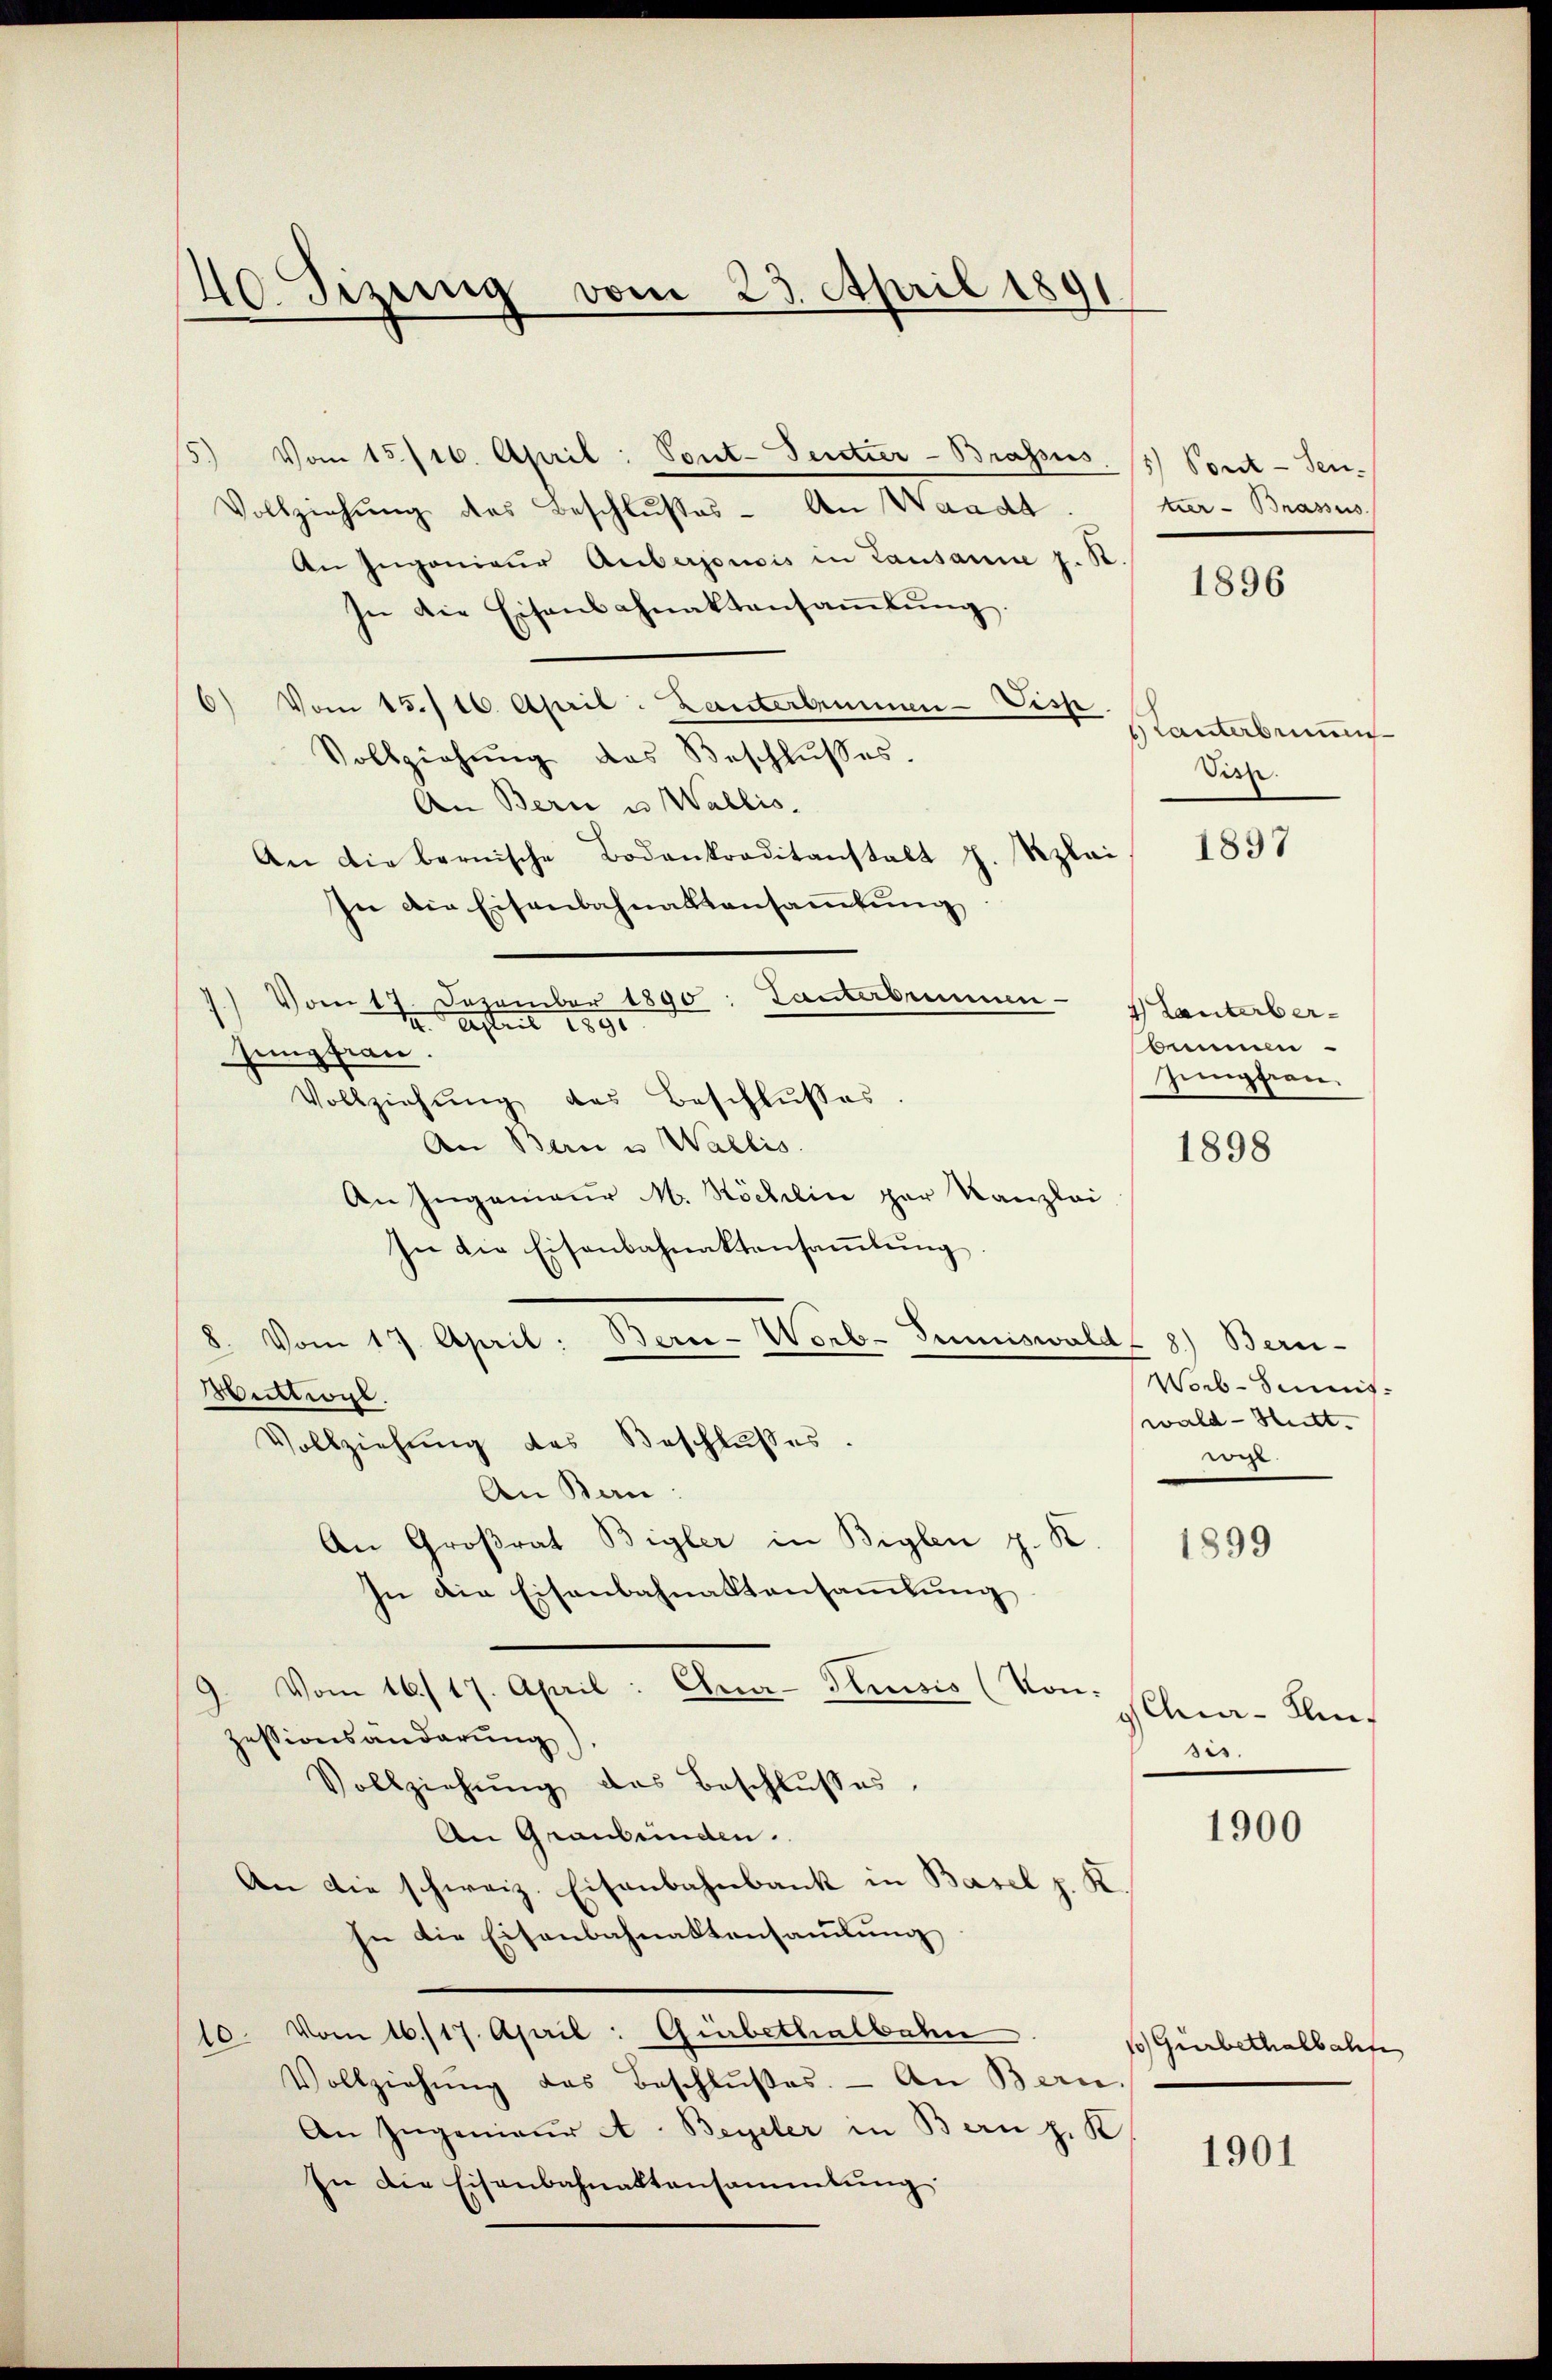
40. Sizung vom 23. April 1891

5.) Vom 15./16. April: Vont-Teretier-Brasis. (5) Pont-Ten-
Vollziehŭng des Beschlußes - An Waadt. Her- Brassus.
An Ingenieur Anbergonsis in Lausanne z. R.
In die Eisenbahnaktensaṁlŭng.
Vom 15./16. April. Lanterbrunnen-Visp.
Vollziehŭng des Beschlŭsses.
An Bern u. Wallis.
An die bernische Bodenkraditanstalt J. Kzlai
sie die Eisenbahnaktansaṁlŭng
7) Vom 17. Dezember 1890: Lanterbummen- Planterber¬
Asteil 1890
jungfrau.
Vollziehŭng des Beschlŭsses.
An Bern u. Wallis.
An Ingenieur M. Köchlin par Kanzlei
In die Eisenbahnaktensaṁlŭng
8. Vom 17. April: Berie-Worb-Sumiswaldt 8) Bern-
Mittwyl
Vollziehung des Beschlußes.
An Ban:
An Großrat Bigler in Biglen z. K.
In die Eisenbahnaktensammlung
Vom 16./17. April: Chra-Smisis (Von-
zessionsänderung
Vollziehŭng des Beschlußes,
An Graubünden.
An die schweiz. Eisenbahnbank in Basel z. K.
hn die Eisenbahnaktensammlung
10. Vom 16./17. April: Girbethalbahn
Vollziehŭng des Beschlŭβes. An Bern.
An Ingenieur A. Beyler in Bern z. K
In die Eisenbahnaktensammlung

1896

Tanterbrunnen
Visze.

1897

bemmen
sempfien.

1898

Worb-Sumis
wald - Hitt.
weg.

1899

SChur-Kleinsis.

1900

1 Gürbethalbahf

1901